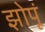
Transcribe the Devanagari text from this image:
झोपूं